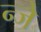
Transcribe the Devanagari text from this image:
न्जे